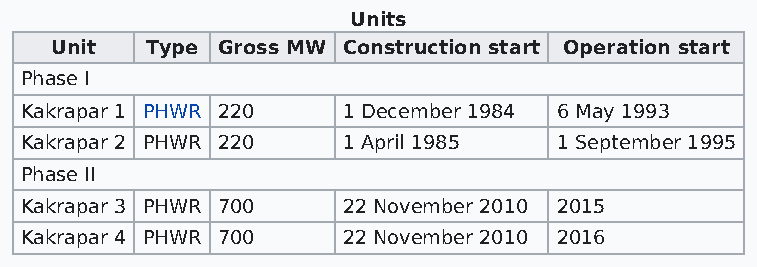
Units
 Unit   Type Gross MW Construction start Operation start
 Phase I
 Kakrapar 1 PHWR 220   1 December 1984 6 May 1993
 Kakrapar 2 PHWR 220   1 April 1985  1 September 1995
 Phase II
 Kakrapar 3 PHWR 700   22 November 2010 2015
 Kakrapar 4 PHWR 700   22 November 2010 2016